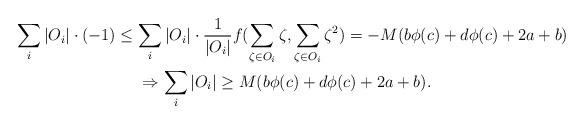
LaTeX: \begin{gather*}\sum_i{|O_i| \cdot (-1)} \leq \sum_i{|O_i| \cdot \frac{1}{|O_i|}f(\sum_{\zeta \in O_i}{\zeta}}, \sum_{\zeta \in O_i}{\zeta^2}) = -M(b\phi(c) + d\phi(c) + 2a + b) \\\Rightarrow \sum_i{|O_i|} \geq M(b\phi(c) + d\phi(c) + 2a + b).\end{gather*}